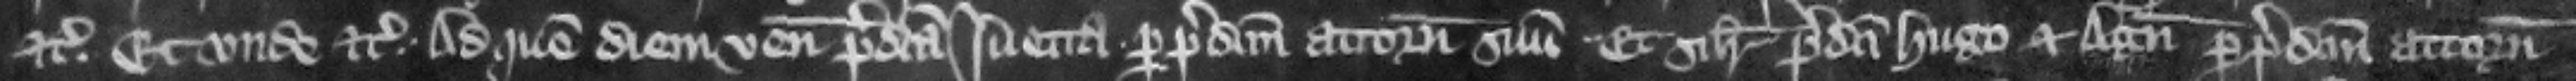
etc. et vnde etc. Ad quem diem venit predicta luetta per predictum attornatum suum. et similiter predicti Hugo et Agnes per predictum attornatum